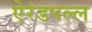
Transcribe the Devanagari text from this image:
ऐरंडपल्ल